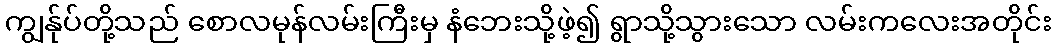
ကျွန်ုပ်တို့သည် စောလမုန်လမ်းကြီးမှ နံဘေးသို့ဖဲ့၍ ရွာသို့သွားသော လမ်းကလေးအတိုင်း